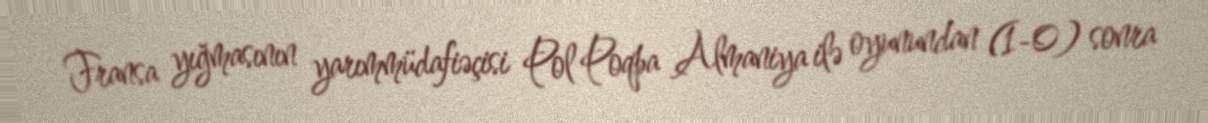
Fransa yığmasının yarımmüdafiəçisi Pol Poqba Almaniya ilə oyunundan (1-0) sonra